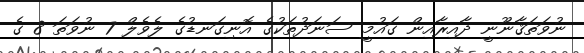
ނުވަތަޤާނޫނީ ދާއިރާއިން ގައުމީ ސަނަދުތަކުގެ އޮނިގަނޑުގެ ލެވެލް 7 ނުވަތަ 8 ގެ